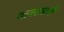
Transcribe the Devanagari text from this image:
गानसम्राज्ञी